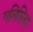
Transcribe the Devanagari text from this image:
गलिसिया